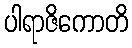
ပါရာဇိကောတိ